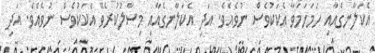
އެކަލާނގެއާއި ހަމަހަމަވާ އެކަކުވެސް ނުވެއެވެ. އަދި އެކަލާނގެއާއި މިސާލުކުރެވޭ އެކަކުވެސް ނުވެއެވެ. އަދި